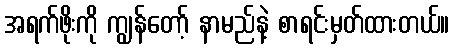
အရက်ဖိုးကို ကျွန်တော့် နာမည်နဲ့ စာရင်းမှတ်ထားတယ်။